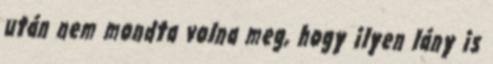
után nem mondta volna meg, hogy ilyen lány is